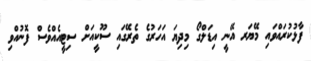
ފާޅުކުރައްވައި މޭޔަރ އޭނީ އިޑަލްގޯ މިދިޔަ އަހަރުގެ ތެރޭގައި ސޫކީއަށް ސިޓީއެއްވެސް ފޮނުއްވި